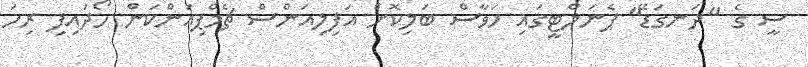
ސީ ގެ "ދަނގަޑޭ" ޕެނަލްޓީގައި ހަވާސް ބަލިކޮށް އަފިލިއަންސް ޗެމްޕިއަންކަން ހޯދައިފި ރިހަ